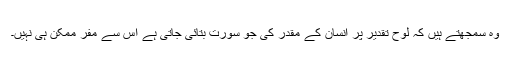
وہ سمجھتے ہیں کہ لوح تقدیر پر انسان کے مقدر کی جو سورت بتائی جاتی ہے اس سے مفر ممکن ہی نہیں۔